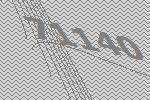
71140